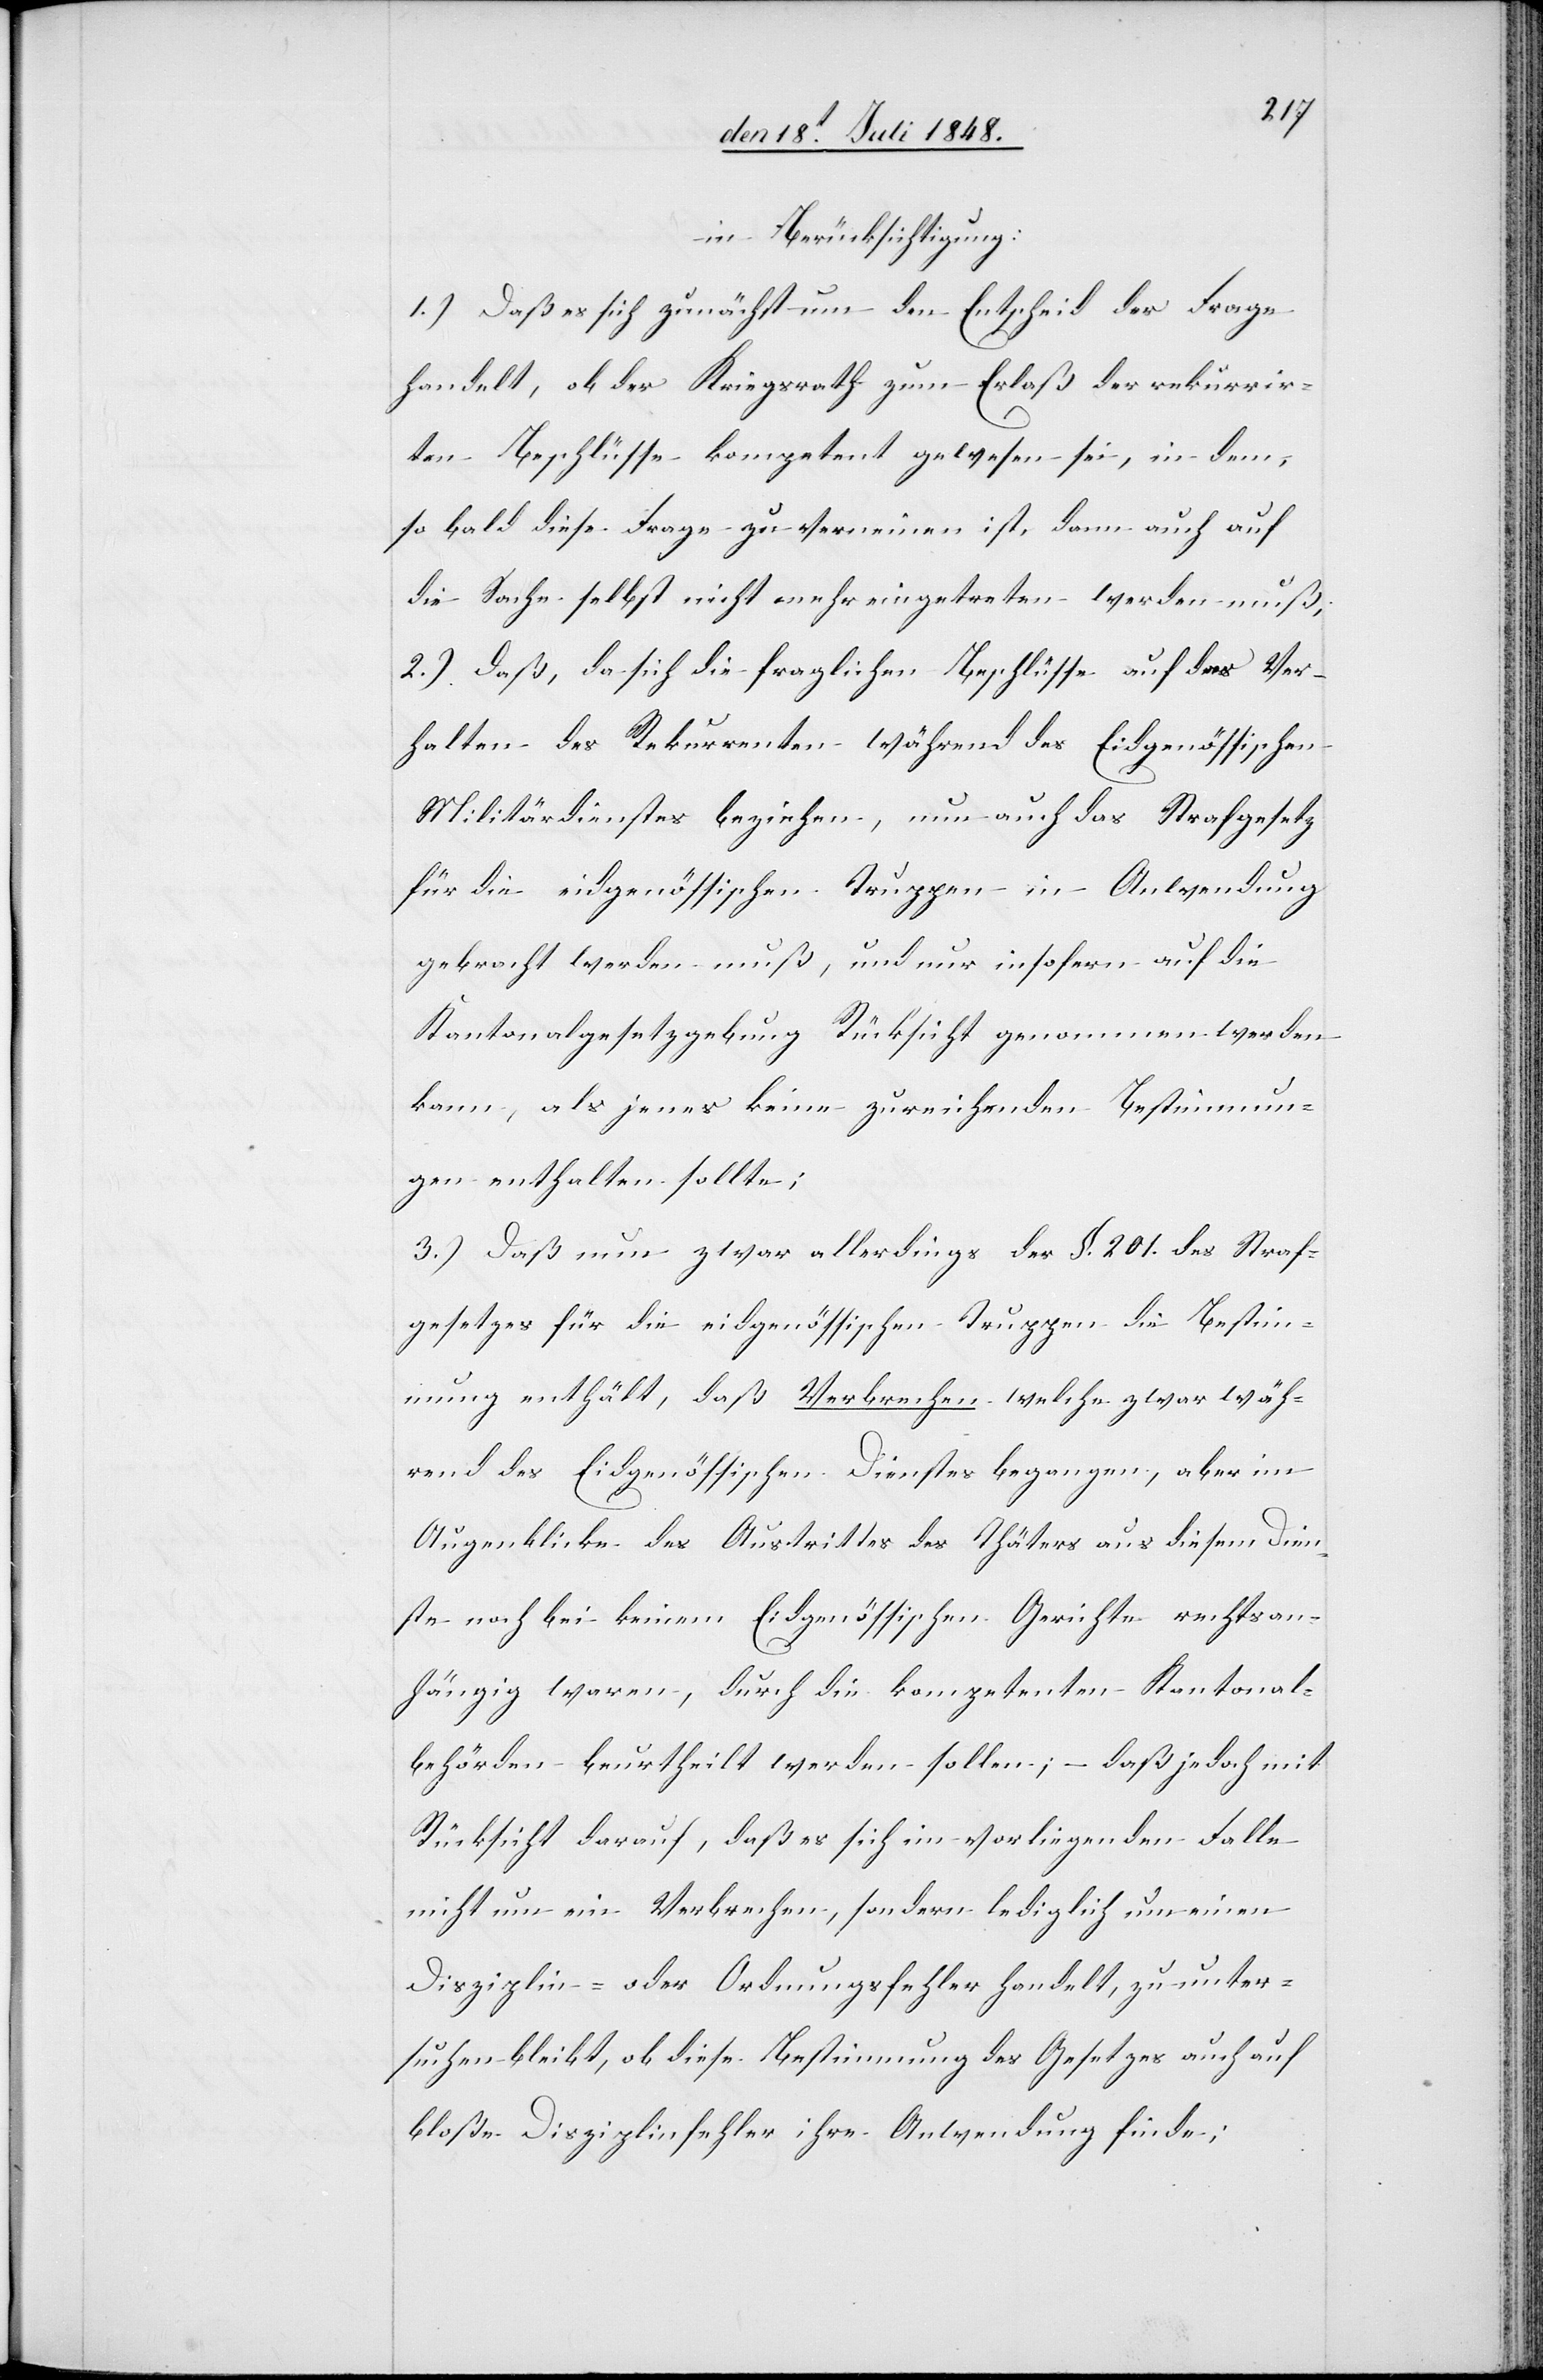
in Berücksichtigung:
1.) Daß es sich zunächst um den Entscheid der Frage
handelt, ob der Kriegsrath zum Erlaß der rekurrir¬
ten Beschlüsse kompetent gewesen sei, in dem,
so bald diese Frage zu verneinen ist, dann auch auf
die Sache selbst nicht mehr eingetreten werden muß;
2.) Daß, da sich die fraglichen Beschlüsse auf das Ver¬
halten des Rekurrenten während des Eidgenössischen
Militärdienstes beziehen, nun auch das Strafgesetz
für die eidgenössischen Truppen in Anwendung
gebracht werden muß, und nur insofern auf die
Kantonalgesetzgebung Rücksicht genommen werden
kann, als jenes keine zureichenden Bestimmun¬
gen enthalten sollte;
3.) Daß nun zwar allerdings der §. 201. des Straf¬
gesetzes für die eidgenössischen Truppen die Bestim¬
mung enthält, daß Verbrechen welche zwar wäh¬
rend des Eidgenössischen Dienstes begangen, aber im
Augenblicke des Austrittes des Thäters aus diesem Dien¬
ste noch bei keinem Eidgenössischen Gerichte rechtsan¬
hängig waren, durch die kompetenten Kantonal¬
behörden beurtheilt werden sollten, daß jedoch mit
Rücksicht darauf, daß es sich im vorliegenden Falle
nicht um ein Verbrechen, sondern lediglich um einen
Disziplin- oder Ordnungsfehler handelt, zu unter¬
suchen bleibt, ob diese Bestimmung des Gesetzes auch auf
bloße Disziplinfehler ihre Anwendung finde;